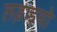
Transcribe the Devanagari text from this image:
लड़ाइयो